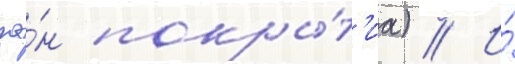
зо́н покры́т'иа) // И́